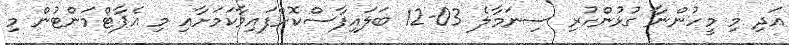
އަދި މި މީހުންނާ ގުޅުންހުރި ސިނަމާލެ 03-12 ބަލައިފާސްކޮށްފައިވާކަމަށާއި މި އެޕާޓްމަންޓުން މި